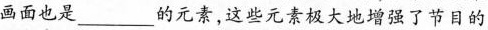
画面也是___的元素，这些元素极大地增强了节目的